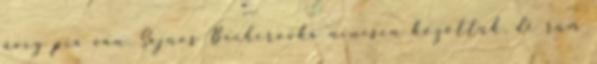
üveg pia van. Sajnos Becherovka nincsen közöttük, de rum